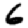
Digit: 6